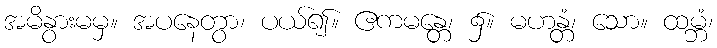
အမိနွားမမှ။ အပနေတွာ၊ ပယ်၍။ ဧကမန္တေ၊ ၌။ မဟန္တံ၊ သော။ ထမ္ဘံ၊